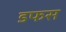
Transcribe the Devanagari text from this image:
डफस